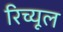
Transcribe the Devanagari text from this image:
रिच्यूल